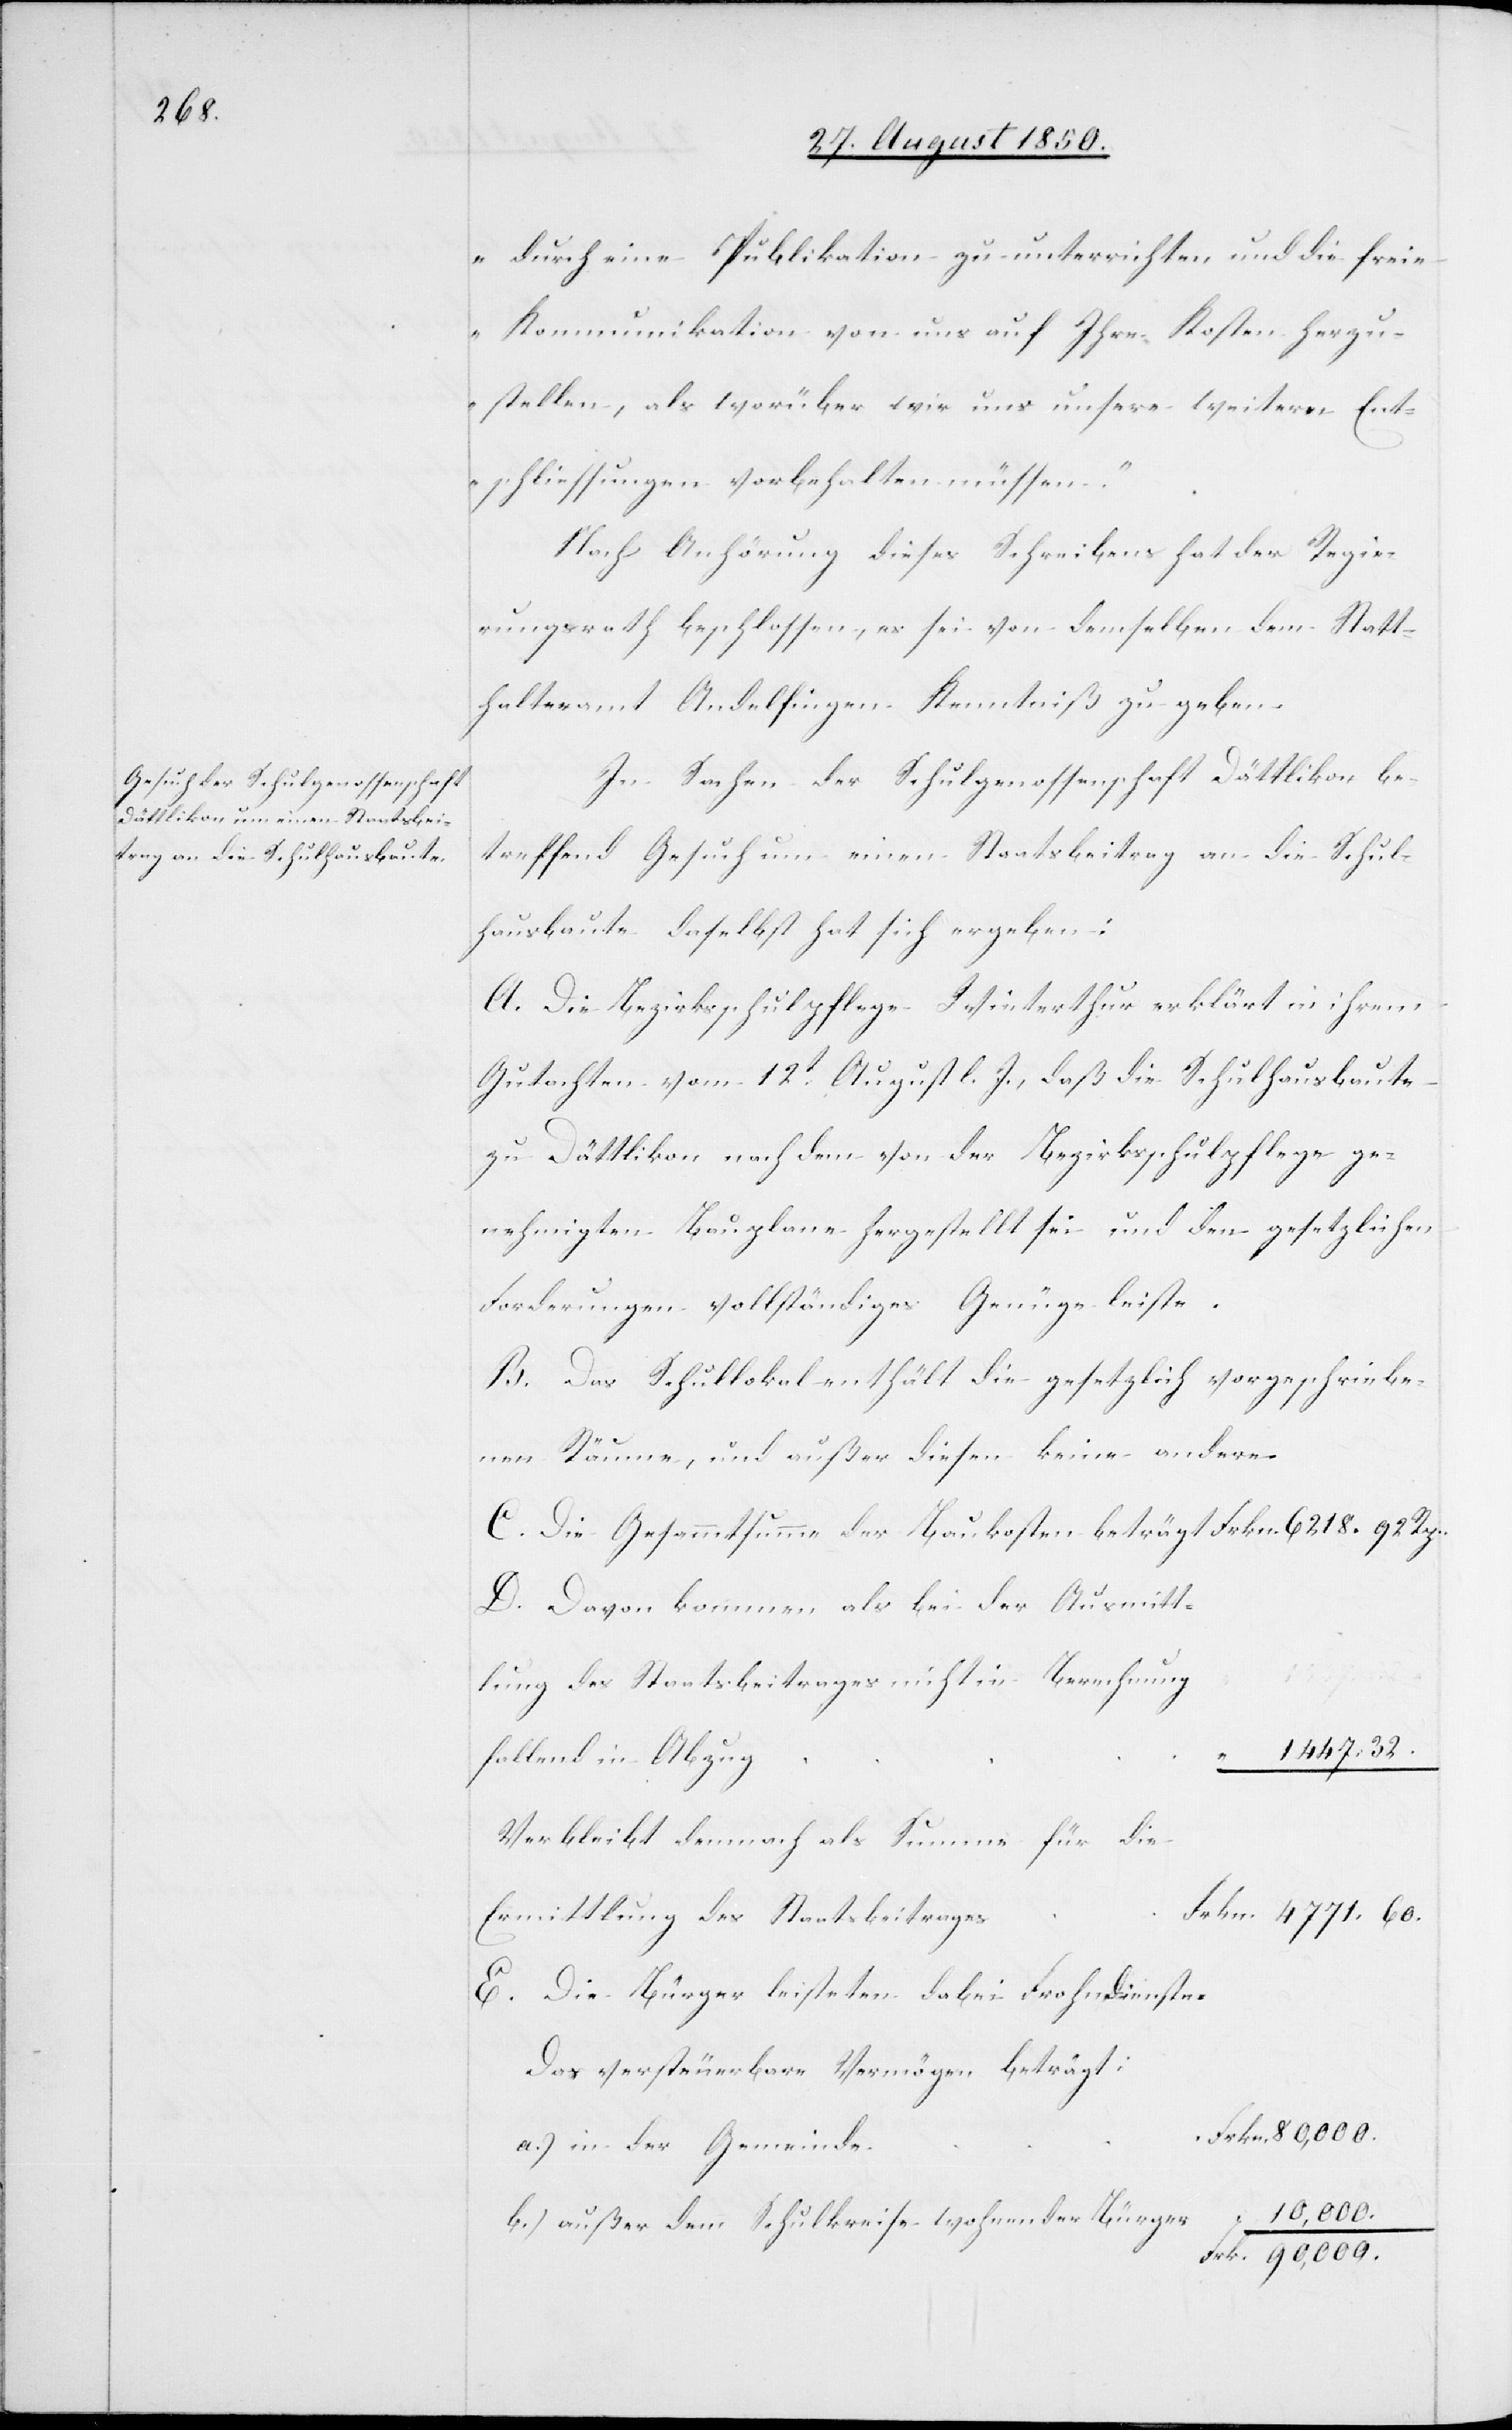
durch eine Publikation zu unterrichten und die freie
Kommunikation von uns auf Ihre Kosten herzu¬
stellen, als worüber wir uns unsere weitern Ent¬
schliessungen vorbehalten müssen.“
Nach Anhörung dieses Schreibens hat der Regie¬
rungsrath beschlossen, es sei von demselben dem Statt¬
halteramte Andelfingen Kenntniß zu geben.
In Sachen der Schulgenossenschaft Dättlikon be¬
treffend Gesuch um einen Staatsbeitrag an die Schul¬
hausbaute daselbst hat sich ergeben:
A. Die Bezirksschulpflege Winterthur erklärt in ihrem
Gutachten vom 12t August l. J., daß die Schulhausbaute
zu Dättlikon nach dem von der Bezirksschulpflege ge¬
nehmigten Bauplane hergestellt sei und den gesetzlichen
Forderungen vollständiges Genüge leiste.
B. Das Schullokal enthält die gesetzlich vorgeschriebe¬
nen Räume, und außer diesen keine andere.
C. Die Gesammtsumme der Baukosten beträgt				Frkn.	6
D. Davon kommen als bei der Ausmitt¬
der
lung des Staatsbeitrages nicht in Berechnung
447.	32.
fallend in Abzu¬
r
Verbleibt demnach als Summe für die
E. Die Bürger leisteten dabei Frohndienste.
Das versteuerbare Vermögen beträgt:
b.) außer dem Schulkreise wohnender Bürge¬
Frk.	90,000.